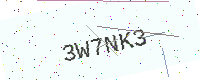
Text: 3W7NK3